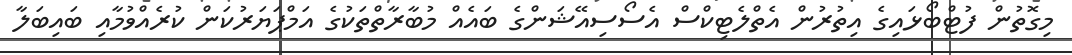
މިގޮތުން ފުޓްބޯޅައިގެ އިތުރުން އެތްލެޓިކްސް އެސޯސިއޭޝަންގެ ބައެއް މުބާރާތްތަކުގެ އަމްޕަޔަރުކަން ކުރެއްވުމާއި ބައިބަލާ